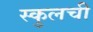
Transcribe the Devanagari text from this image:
स्कुलची